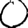
Digit: 0